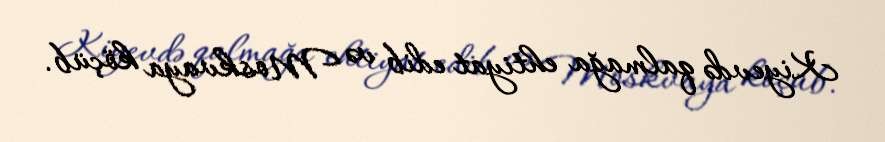
Kiyevdə qalmağa ehtiyat edib və Moskvaya köçüb.